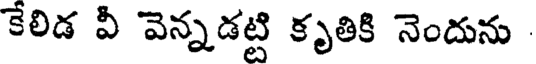
కేలిడ వీ వెన్నడట్టి కృతికి నెందును